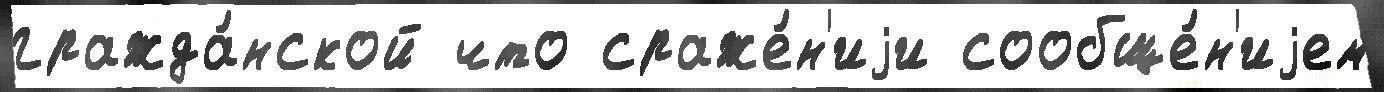
гражда́нской что сраже́н'иjи сообще́н'иjем